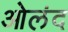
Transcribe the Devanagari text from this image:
ओलंद